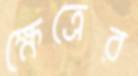
ক্ষেত্রের